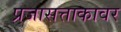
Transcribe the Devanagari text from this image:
प्रजासत्ताकावर